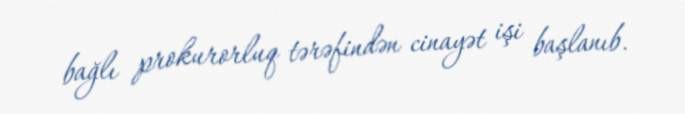
bağlı prokurorluq tərəfindən cinayət işi başlanıb.